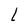
Character: L